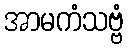
အာမကံသဗ္ဗံ